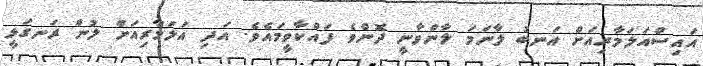
އައިސްއަލަމާރިއަށް އަނބު ލާނަމަ ލާންވާނީ ދޮންވެ ފައްކާވީމައެވެ. އަދި އަލަމާރިއަށް ލުން ރަނގަޅީ